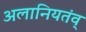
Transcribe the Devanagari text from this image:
अलानियतंव्